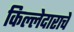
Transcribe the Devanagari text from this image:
किल्लेदाराचे